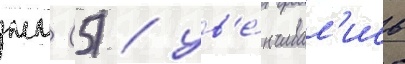
мм (5) / ув'е́нчивал'ись